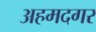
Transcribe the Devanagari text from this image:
अहमदगर